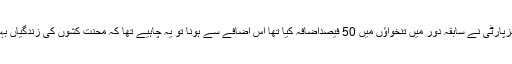
پاکستان پیپلزپارٹی نے سابقہ دور میں تنخواؤں میں 50 فیصداضافہ کیا تھا اس اضافے سے ہونا تو یہ چاہیے تھا کہ محنت کشوں کی زندگیاں بہتر ہوجاتیں۔